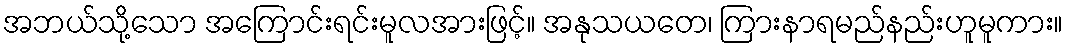
အဘယ်သို့သော အကြောင်းရင်းမူလအားဖြင့်။ အနုသယတေ၊ ကြားနာရမည်နည်းဟူမူကား။